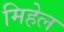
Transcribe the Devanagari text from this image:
मिहेल